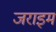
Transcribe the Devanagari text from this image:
जराइम